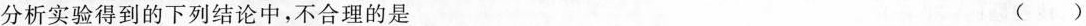
分析实验得到的下列结论中，不合理的是 ( )